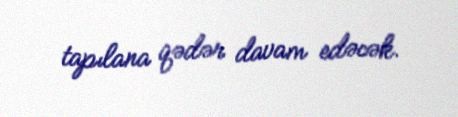
tapılana qədər davam edəcək.